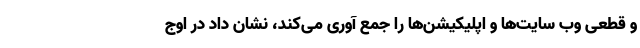
و قطعی وب سایت‌ها و اپلیکیشن‌ها را جمع آوری می‌کند، نشان داد در اوج